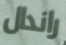
راندال